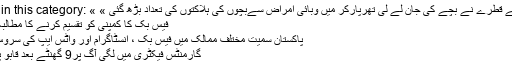
More in this category: « پولیو کے قطرے نے بچے کی جان لے لی تھرپارکر میں وبائی امراض سےبچوں کی ہلاکتوں کی تعداد بڑھ گئی »
فیس بک کا کمپنی کو تقسیم کرنے کا مطالبہ مسترد
پاکستان سمیت مختلف ممالک میں فیس بک ، انسٹاگرام اور واٹس ایپ کی سروس متاثر
گارمنٹس فیکٹری میں لگی آگ پر9 گھنٹے بعد قابو پا لیا گیا